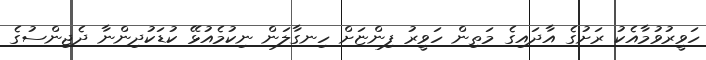
ހަވީރުވުމާއެކު ރަށުގެ އާދައިގެ މަތިން ހަވީރު ފިންޏަށް ހިނގާލަން ނިކުމެއުޅޭ ކުޑަކުދިންނާ ދެޖިންސުގެ